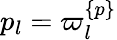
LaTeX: p_{l}=\varpi_{l}^{\{ p\} }